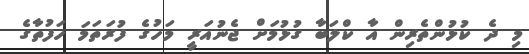
މި ދެ ކުޅުންތެރިން އާ ކްލަބާ ގުޅުމަށް ޖެނުއަރީ މަހުގެ ފުރަތަމަ ހަފުތާގެ